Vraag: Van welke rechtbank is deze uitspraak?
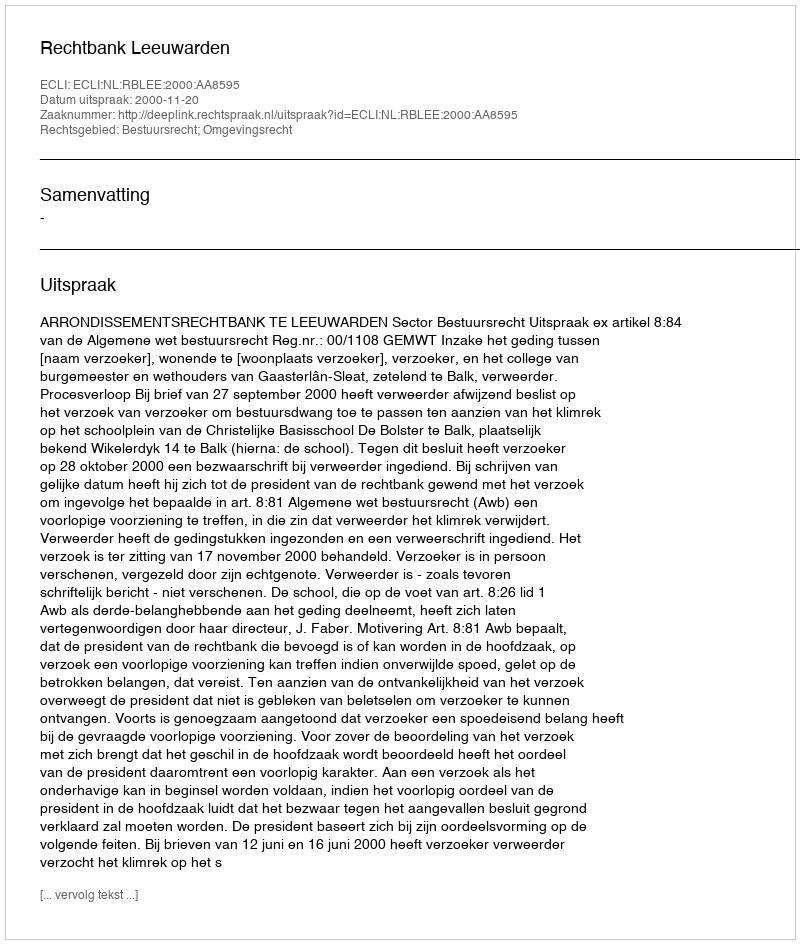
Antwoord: Rechtbank Leeuwarden